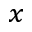
_ { x }